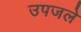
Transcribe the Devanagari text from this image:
उपजले